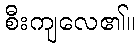
စီးကျလေ၏။